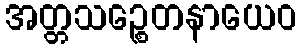
အတ္တသဉ္စေတနာယေဝ